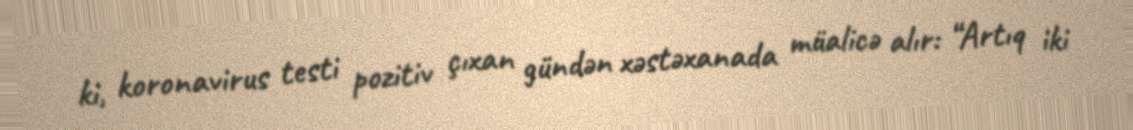
ki, koronavirus testi pozitiv çıxan gündən xəstəxanada müalicə alır: “Artıq iki